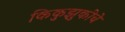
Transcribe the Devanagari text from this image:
किकुझुकीचे